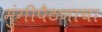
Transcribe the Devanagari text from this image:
मुंगीपैठणाचा